Punjab Mental Hospital Lahore 1932-46 - 1932-1946
Year: 1932
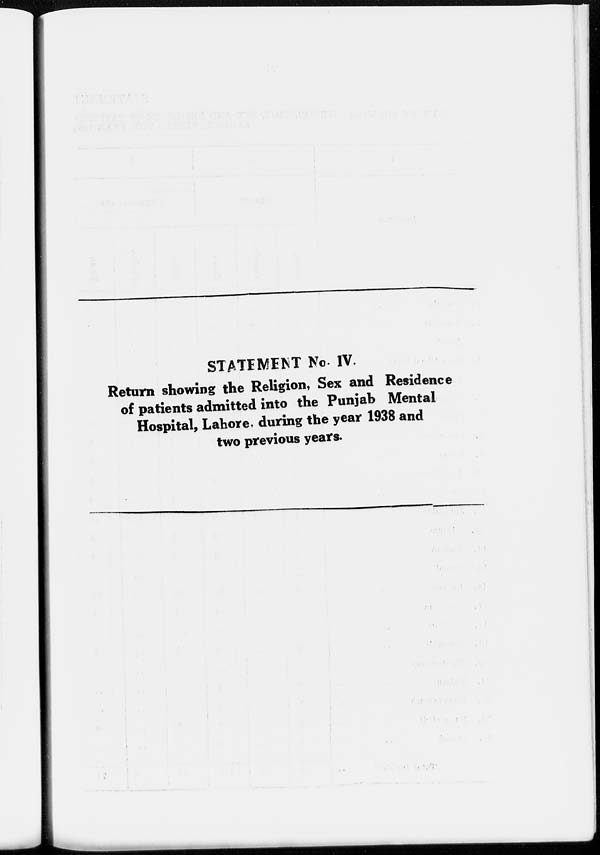
STATEMENT No IV.
Return showing the Religion, Sex and Residence
of patients admitted into the Punjab Mental
Hospital, Lahore, during the year 1938 and
two previous years.